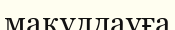
мақұлдауға